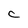
Character: c